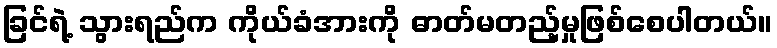
ခြင်ရဲ့ သွားရည်က ကိုယ်ခံအားကို ဓာတ်မတည့်မှုဖြစ်စေပါတယ်။